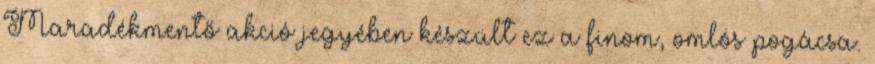
Maradékmentő akció jegyében készült ez a finom, omlós pogácsa.